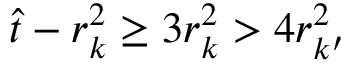
\hat { t } - r _ { k } ^ { 2 } \ge 3 r _ { k } ^ { 2 } > 4 r _ { k ^ { \prime } } ^ { 2 }